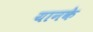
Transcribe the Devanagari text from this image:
यानके